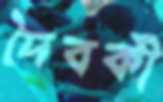
দৈবকী